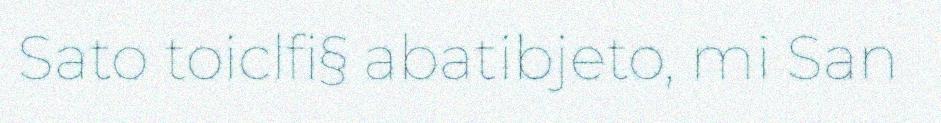
Sato toiclfi§ abatibjeto, mi San